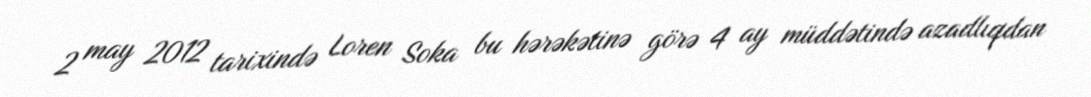
2 may 2012 tarixində Loren Soka bu hərəkətinə görə 4 ay müddətində azadlıqdan